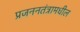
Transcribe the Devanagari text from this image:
प्रजननतंत्रामधील